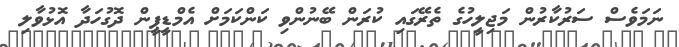
ނަމަވެސް ސަރުކާރުން މަޖިލީހުގެ ތެރޭގައި ކުރަން ބޭނުންވި ކަންކަމަށް އެމްޑީޕީން ދޮގުހަދާ އޮޅުވާލި